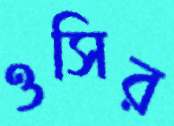
ওসির